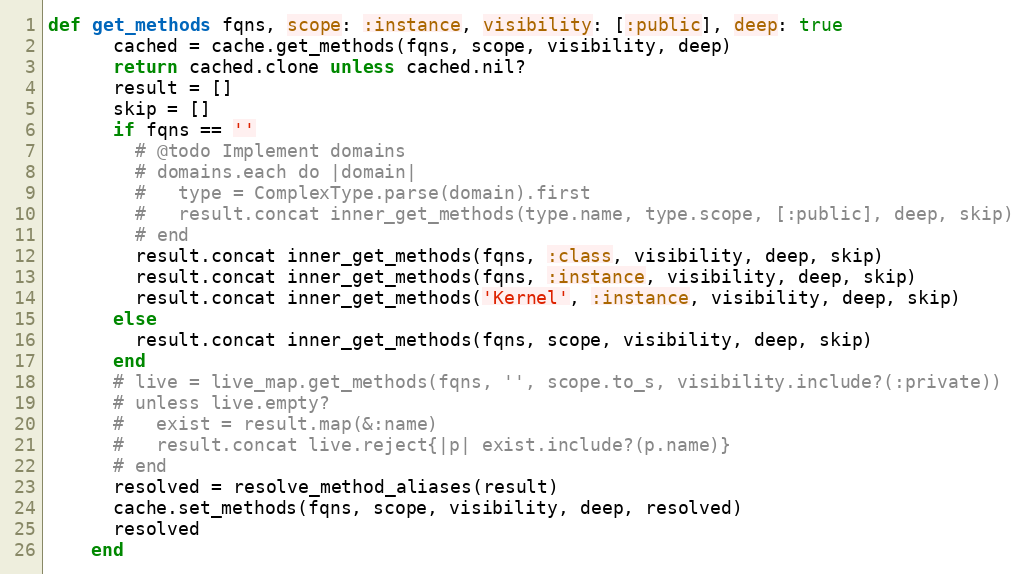
Language: Ruby
def get_methods fqns, scope: :instance, visibility: [:public], deep: true
      cached = cache.get_methods(fqns, scope, visibility, deep)
      return cached.clone unless cached.nil?
      result = []
      skip = []
      if fqns == ''
        # @todo Implement domains
        # domains.each do |domain|
        #   type = ComplexType.parse(domain).first
        #   result.concat inner_get_methods(type.name, type.scope, [:public], deep, skip)
        # end
        result.concat inner_get_methods(fqns, :class, visibility, deep, skip)
        result.concat inner_get_methods(fqns, :instance, visibility, deep, skip)
        result.concat inner_get_methods('Kernel', :instance, visibility, deep, skip)
      else
        result.concat inner_get_methods(fqns, scope, visibility, deep, skip)
      end
      # live = live_map.get_methods(fqns, '', scope.to_s, visibility.include?(:private))
      # unless live.empty?
      #   exist = result.map(&:name)
      #   result.concat live.reject{|p| exist.include?(p.name)}
      # end
      resolved = resolve_method_aliases(result)
      cache.set_methods(fqns, scope, visibility, deep, resolved)
      resolved
    end